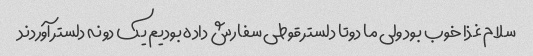
سلام غذا خوب بود ولی ما دوتا دلستر قوطی سفارش داده بودیم یک دونه دلستر آوردند